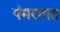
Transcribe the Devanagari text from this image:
पंमरागत